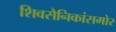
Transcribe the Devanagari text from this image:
शिवसैनिकांसमोर